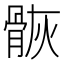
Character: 𩨿